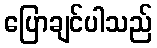
ပြောချင်ပါသည်